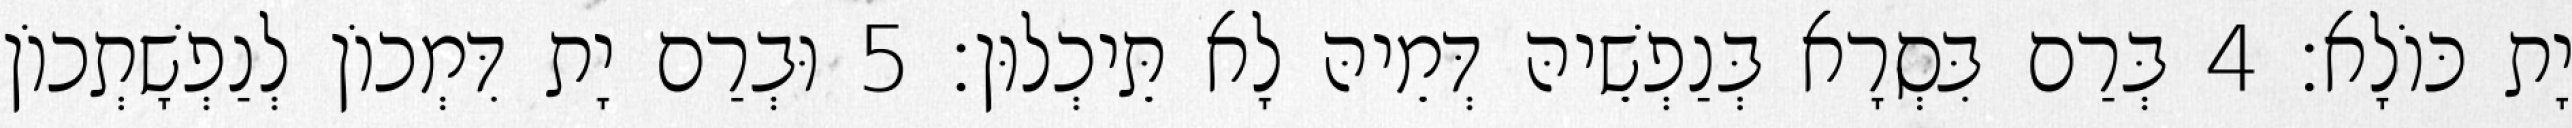
יָת כּוֹלָא׃ 4 בְּרַם בִּסְרָא בְּנַפְשֵׁיהּ דְּמֵיהּ לָא תֵּיכְלוּן׃ 5 וּבְרַם יָת דִּמְכוֹן לְנַפְשָׁתְכוֹן